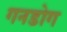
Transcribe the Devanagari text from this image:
गनडोग